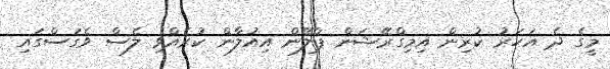
މީގެ ދެ އަހަރު ކުރިން އިމިގްރޭޝަން ޕްލޭން އިއުލާން ކުރެއްވި ލެސް ވެގަސްގައި